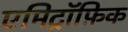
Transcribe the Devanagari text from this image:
एमिट्रॉफ़िक